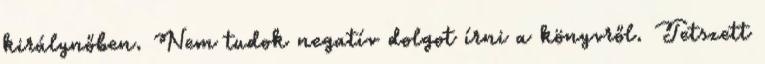
királynőben. Nem tudok negatív dolgot írni a könyvről. Tetszett